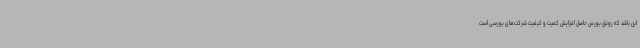
این باشد که رونق بورس حاصل افزایش کمیت و کیفیت شرکت‌های بورسی است